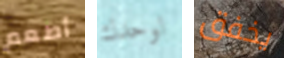
أطعم لوحدك يخفق